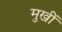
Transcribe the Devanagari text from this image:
मुखीं